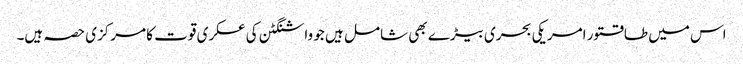
اس میں طاقتور امریکی بحری بیڑے بھی شامل ہیں جو واشنگٹن کی عسکری قوت کا مرکزی حصہ ہیں۔